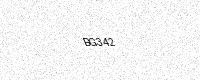
Text: BG342